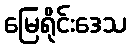
မြေရိုင်းဒေသ